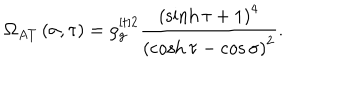
LaTeX: \Omega _ { A T } \left( \sigma , \tau \right) = \rho _ { g } ^ { [ t ] 2 } \frac { \left( \sinh \tau + 1 \right) ^ { 4 } } { \left( \cosh \tau - \cos \sigma \right) ^ { 2 } } .